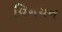
વિનયન